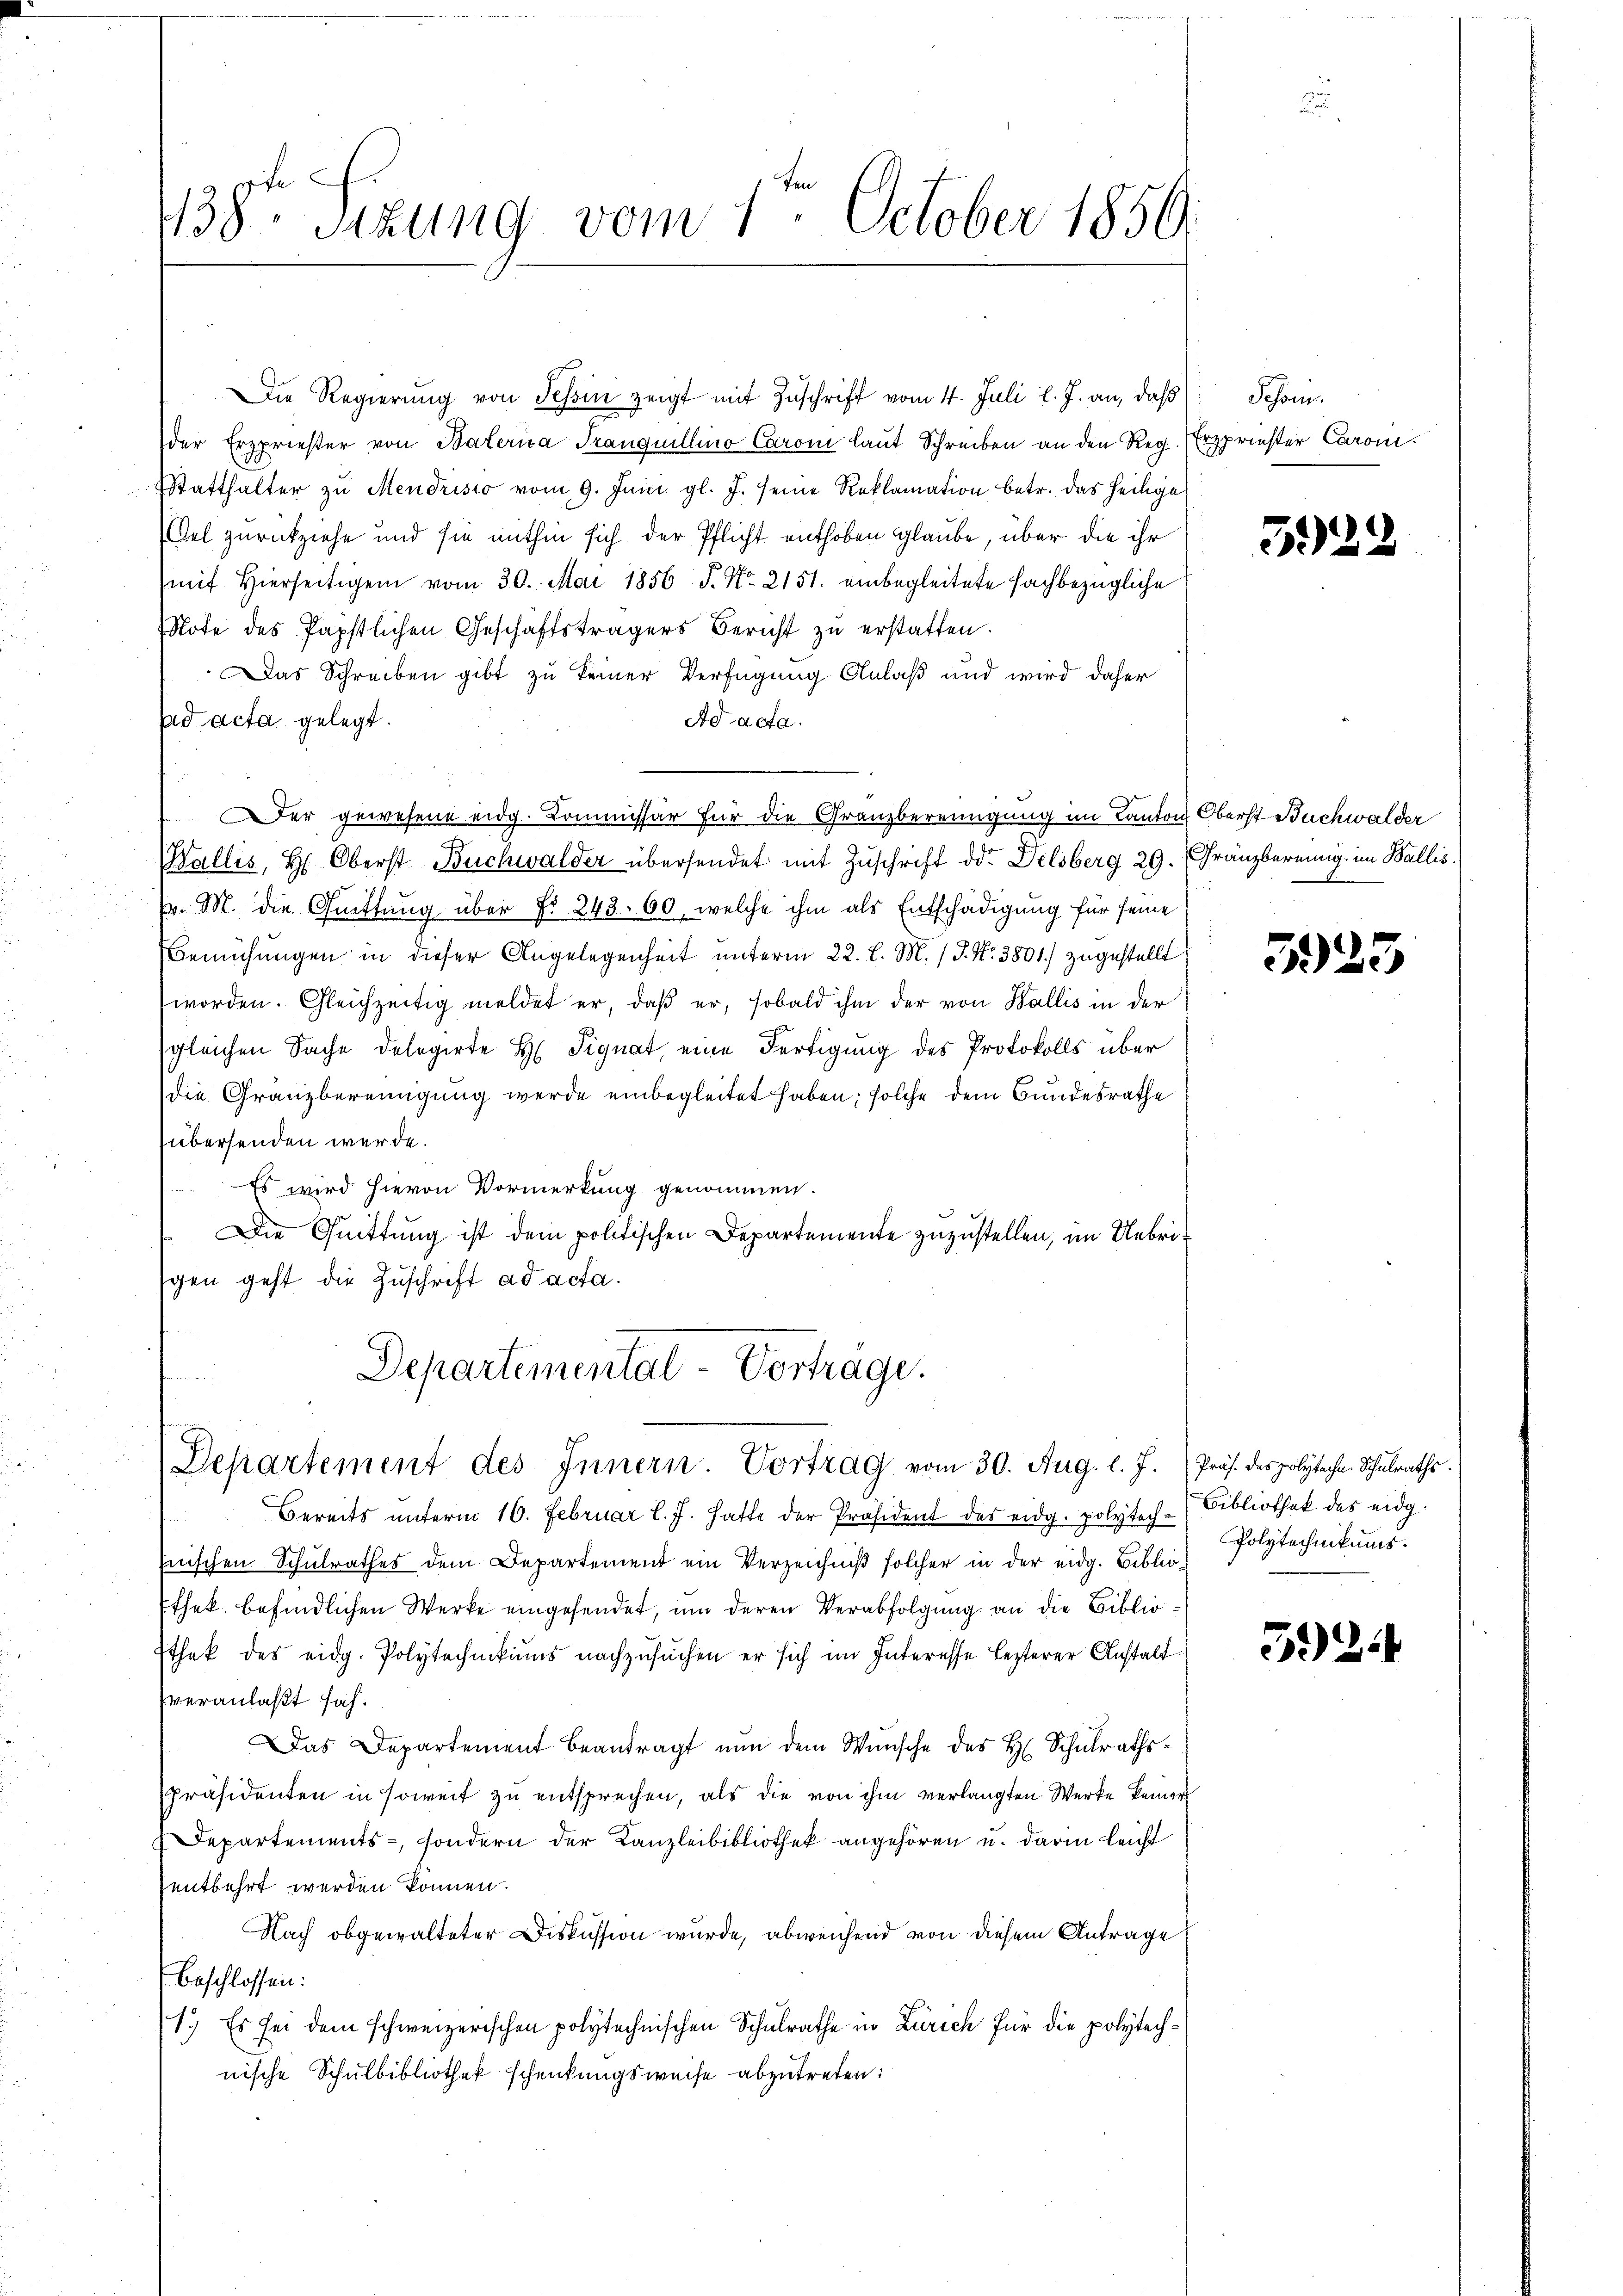
138 Sizung vom 1ten October 1850.

Die Regierung von Tessin zeigt mit Zuschrift vom 4. Juli l. J. an, daß
der Erzprieser von Bateria Tranquillino Caron laut Schreiben an den Reg. Erzpriester Caroni¬
Statthalter zŭ Mendrisio vom 9. Juni gl. J. seine Reklamation betr. das heilige
Gel zurückziehe und sie mithin sich der Pflicht enthoben glaube, über die ihr
mit Hierseitigen vom 30. Mai 1856 J. No. 2151. einbegleitete fachbezügliche
Note des Papstlichen Geschäftsträgers Bericht zu erstatten.
Das Schreiben gibt zu keiner Verfügung Anlaß und wird daher
Ad acta.
ad acta gelegt.
Der gewesene eidg. Kommissär für die Granzbereinigung im Kanton Oberst Buchwalder
Wallis, H. Oberst Buchwalder übersendet mit Zuschrift der Delsberg 29. Franzbereinig im Wallis,
v. M. die Quittung über §. 243. 60, welche ihm als Entschädigung für seine
Bemühungen in dieser Angelegenheit unterm 22. l. M. / P. Nr. 3801. zugestellt
worden. Gleichzeitig meldet er, daß er, sobald ihm der von Wallis in der
sgleichen Sache delegirte H. Signat, eine Fertigung des Protokolls über
die Granzbereinigung werde einbegleitet haben; solche dem Bundesrathe
übersenden werde.
Es wird hievon Vormerkung genommen.
Die Quittung ist dem politischen Departemente zuzustellen, im Uebrigen geht die Zuschrift ad acta.
Departemental-Vortrage.

Departement des Innern. Vortrag vom 30. Aug. l. J. Präs. des polytechn. Schulraths-

Bereits unterm 16. Februar l. J. hatte der Präsident des eidg. polytech-Bibliothek des eidg.
Enischen Schulrathes dem Departement ein Verzeichniß solcher in der eidg. Bibliothek befindlichen Werke eingesendet, um deren Verabfolgung an die Biblio¬
Ethek des eidg. Polytechnikums nachzusuchen er sich im Interesse lezterer Anstalt
veranlaßt sah.
Das Departement beantragt nun dem Wünsche des H. Schulraths¬
Präsidenten in soweit zu entsprechen, als die von ihm verlangten Werke keiner
Departements-, sondern der Kanzleibibliothek angehören u. darin leicht
entbehrt werden können.
Nach obgewalteter Diskussion wurde, abweichend von diesem Antrage
beschlossen:
1.) Es sei dem schweizerischen polytechnischen Schulrathe in Zürich für die polytechnische Schulbibliothek schenkungsweise abzutreten:

Schon

522

3923

Polytechnikums.

524